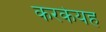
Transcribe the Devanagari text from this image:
करकेयह